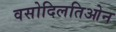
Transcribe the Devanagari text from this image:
वसोदिलतिओन